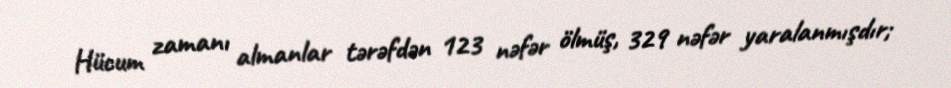
Hücum zamanı almanlar tərəfdən 123 nəfər ölmüş, 329 nəfər yaralanmışdır;